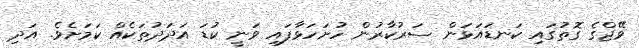
ވޭޖްގެ ގޮތުގައި ކަނޑައަޅަން ސަރުކާރުން ހުށަހަޅާފައި ވަނީ ކުޑަ އަދަދުތަކެއް ކަމަށެވެ. އަދި